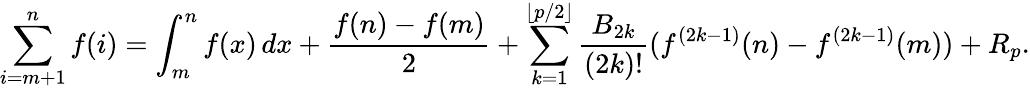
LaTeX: \sum_{i=m+1}^{n}f(i)=\int_{m}^{n}f(x)\, dx+{\frac{f(n)-f(m)}{2}}+\sum_{k=1}^{\lfloor p/2\rfloor}{\frac{B_{2k}}{(2k)!}}(f^{(2k-1)}(n)-f^{(2k-1)}(m))+R_{p}.